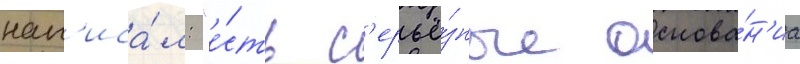
нап'иса́л: "е́сть с'ерьё́зные основа́н'иа